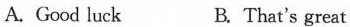
A. Good luck B.That's great